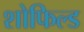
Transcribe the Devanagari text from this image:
शोफिल्ड